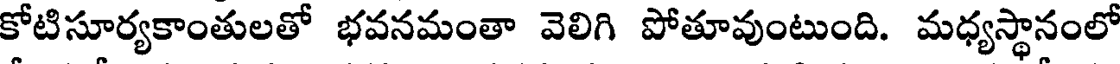
కోటిసూర్యకాంతులతో భవనమంతా వెలిగి పోతూవుంటుంది. మధ్యస్థానంలో